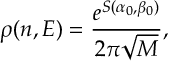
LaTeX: \rho ( n , E ) = \frac { e ^ { S ( \alpha _ { 0 } , \beta _ { 0 } ) } } { 2 \pi \sqrt { M } } ,